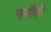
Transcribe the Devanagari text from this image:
पन्गैली